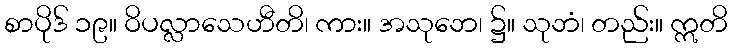
စာပိုဒ် ၁၉။ ဝိပလ္လာသေဟီတိ၊ ကား။ အသုဘေ၊ ၌။ သုဘံ၊ တည်း။ ဣတိ